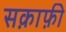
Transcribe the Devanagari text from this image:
सक़ाफ़ी